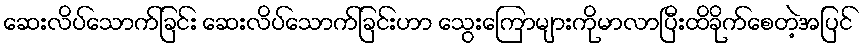
ဆေးလိပ်သောက်ခြင်း ဆေးလိပ်သောက်ခြင်းဟာ သွေးကြောများကိုမာလာပြီးထိခိုက်စေတဲ့အပြင်